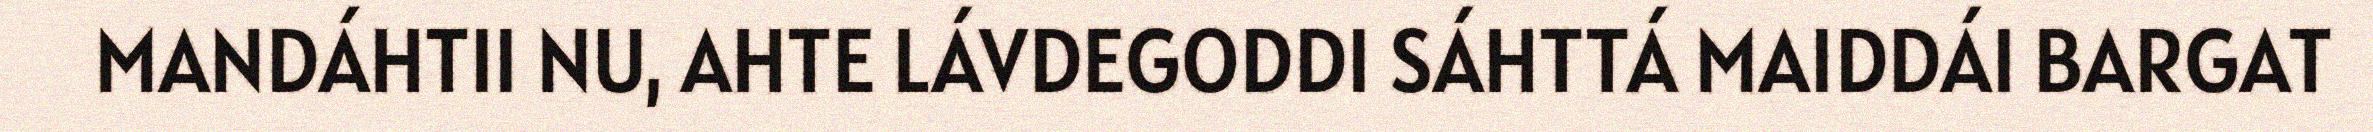
MANDÁHTII NU, AHTE LÁVDEGODDI SÁHTTÁ MAIDDÁI BARGAT